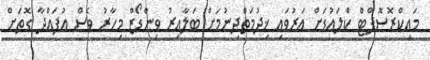
މައިކްރޮސޮފްޓް ކްލައުޑަށް އަރުވައި ޚިދުމަތްދިނުމަށް ބަލާއިރު ވިންޑޯޒް މިހާރު ވެސް އުފައްދާ ގޮތަށް